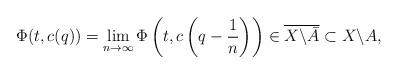
LaTeX: \begin{align*}\Phi(t, c(q)) = \lim_{n \to \infty} \Phi\left(t, c\left(q-\frac{1}{n}\right)\right) \in \overline{X \backslash \bar A} \subset X \backslash A,\end{align*}